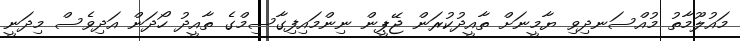
މައުލޫމާތު މުއްސަނދިވި ޔާމީނަށް ތާއީދުކުރަން ޖޭޕީން ނިންމައިފިގާސިމްގެ ތާއީދު ހޯދަން އަދިވެސް މިދަނީ